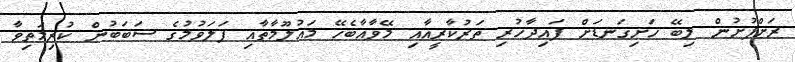
ރަށްފުށުން ލިބޭ ހަށިގަނޑަށް ފައިދާހުރި ތަރުކާރީއާއި މޭވާއާބެހޭ މައުލޫމާތާއި ފަލަވުމުގެ ސަބަބުން ކުރިމަތިވާ